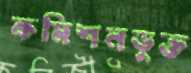
কমিশনভুক্ত